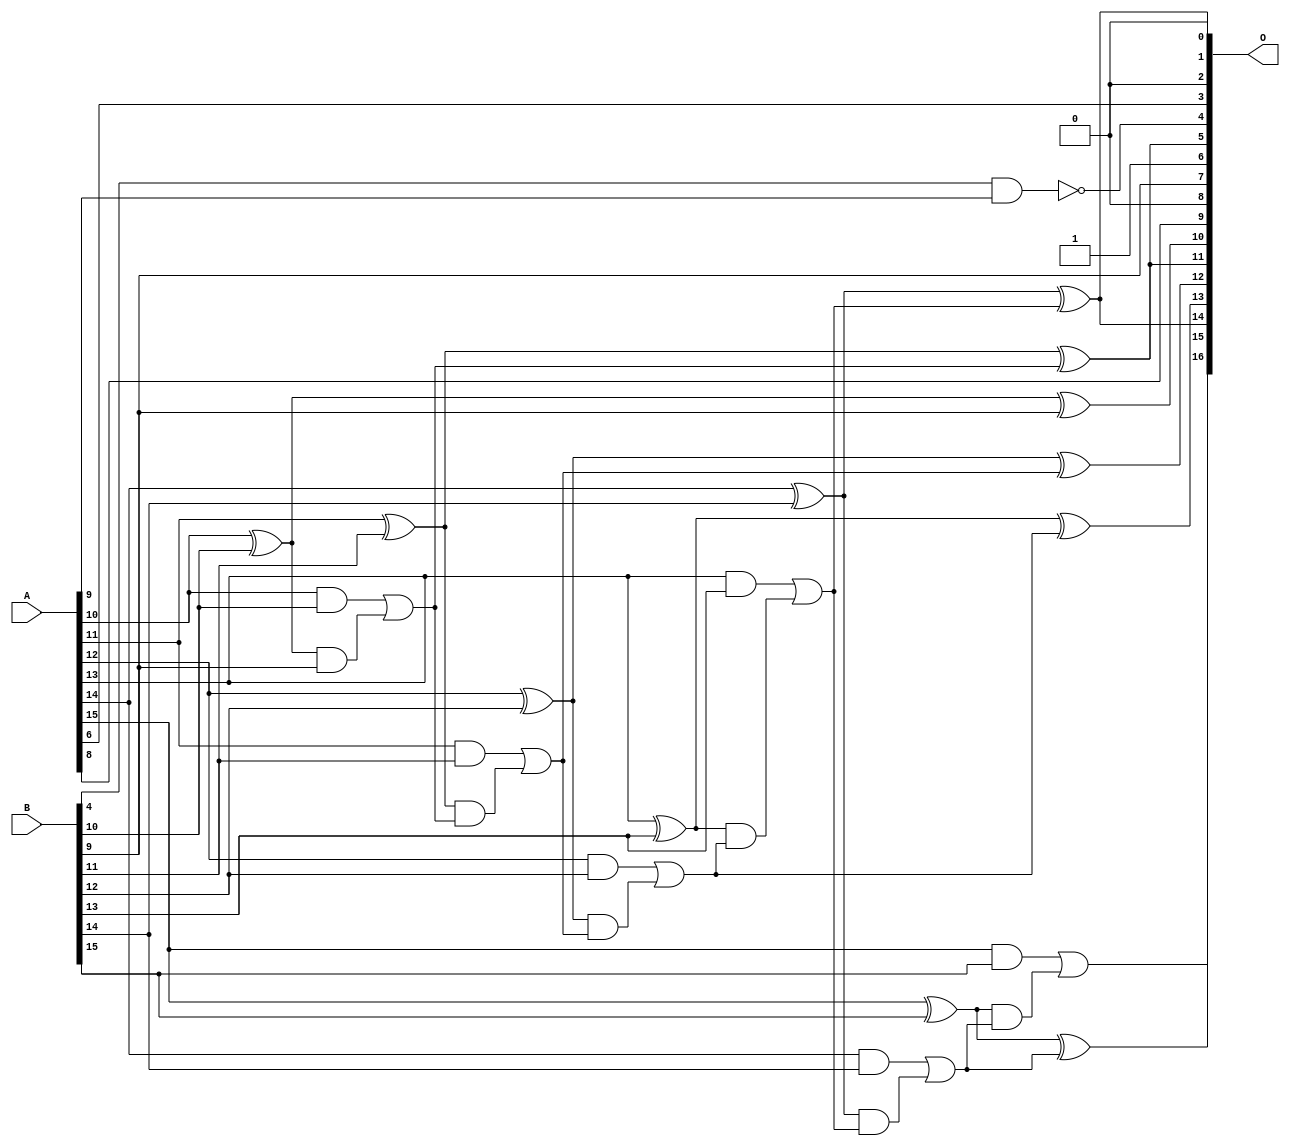
/***
* This code is a part of EvoApproxLib library (ehw.fit.vutbr.cz/approxlib) distributed under The MIT License.
* When used, please cite the following article(s): PRABAKARAN B. S., MRAZEK V., VASICEK Z., SEKANINA L., SHAFIQUE M. ApproxFPGAs: Embracing ASIC-based Approximate Arithmetic Components for FPGA-Based Systems. DAC 2020. 
***/
// MAE% = 0.29 %
// MAE = 386 
// WCE% = 0.92 %
// WCE = 1206 
// WCRE% = 7900.00 %
// EP% = 99.92 %
// MRE% = 0.82 %
// MSE = 222640 
// FPGA_POWER = 0.35
// FPGA_DELAY = 7.7
// FPGA_LUT = 7.0


module add16u_00G(A, B, O);
  input [15:0] A, B;
  output [16:0] O;
  wire sig_76, sig_78, sig_79, sig_80, sig_81, sig_83;
  wire sig_84, sig_85, sig_86, sig_88, sig_89, sig_90;
  wire sig_91, sig_93, sig_94, sig_95, sig_96, sig_98;
  wire sig_99, sig_100, sig_101, sig_103, sig_104, sig_105;
  wire sig_106;
  assign O[4] = !(B[4] & A[9]);
  assign O[2] = 1'b0;
  assign O[8] = 1'b0;
  assign O[0] = 1'b0;
  assign O[6] = 1'b1;
  assign O[7] = B[9];
  assign sig_76 = 1'b0;
  assign sig_78 = O[7] | sig_76;
  assign sig_79 = A[10] ^ B[10];
  assign sig_80 = A[10] & B[10];
  assign sig_81 = sig_79 & sig_78;
  assign O[10] = sig_79 ^ sig_78;
  assign sig_83 = sig_80 | sig_81;
  assign sig_84 = A[11] ^ B[11];
  assign sig_85 = A[11] & B[11];
  assign sig_86 = sig_84 & sig_83;
  assign O[5] = sig_84 ^ sig_83;
  assign sig_88 = sig_85 | sig_86;
  assign sig_89 = A[12] ^ B[12];
  assign sig_90 = A[12] & B[12];
  assign sig_91 = sig_89 & sig_88;
  assign O[12] = sig_89 ^ sig_88;
  assign sig_93 = sig_90 | sig_91;
  assign sig_94 = A[13] ^ B[13];
  assign sig_95 = A[13] & B[13];
  assign sig_96 = sig_94 & sig_93;
  assign O[13] = sig_94 ^ sig_93;
  assign sig_98 = sig_95 | sig_96;
  assign sig_99 = A[14] ^ B[14];
  assign sig_100 = A[14] & B[14];
  assign sig_101 = sig_99 & sig_98;
  assign O[1] = sig_99 ^ sig_98;
  assign sig_103 = sig_100 | sig_101;
  assign sig_104 = A[15] ^ B[15];
  assign sig_105 = A[15] & B[15];
  assign sig_106 = sig_104 & sig_103;
  assign O[15] = sig_104 ^ sig_103;
  assign O[16] = sig_105 | sig_106;
  assign O[3] = A[6];
  assign O[9] = A[8];
  assign O[11] = O[5];
  assign O[14] = O[1];
endmodule